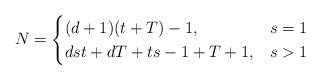
\begin{align*} N= \begin{cases} (d+1)(t+T)-1, &s=1 \\ dst+dT+ts-1+T+1,& s> 1\end{cases}\end{align*}